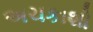
અચકાશો